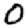
Digit: 0